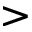
>